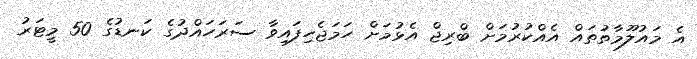
އެ މައުލޫމާތުތައް އެއްކުރުމަށް ބްރިޖް އެޅުމަށް ހަމަޖެހިފައިވާ ސަރަހައްދުގެ ކަނޑުގެ 50 މީޓަރު